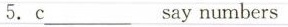
5.c___say numbers